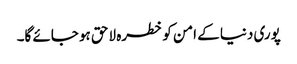
پوری دنیا کے امن کو خطرہ لاحق ہو جائے گا۔